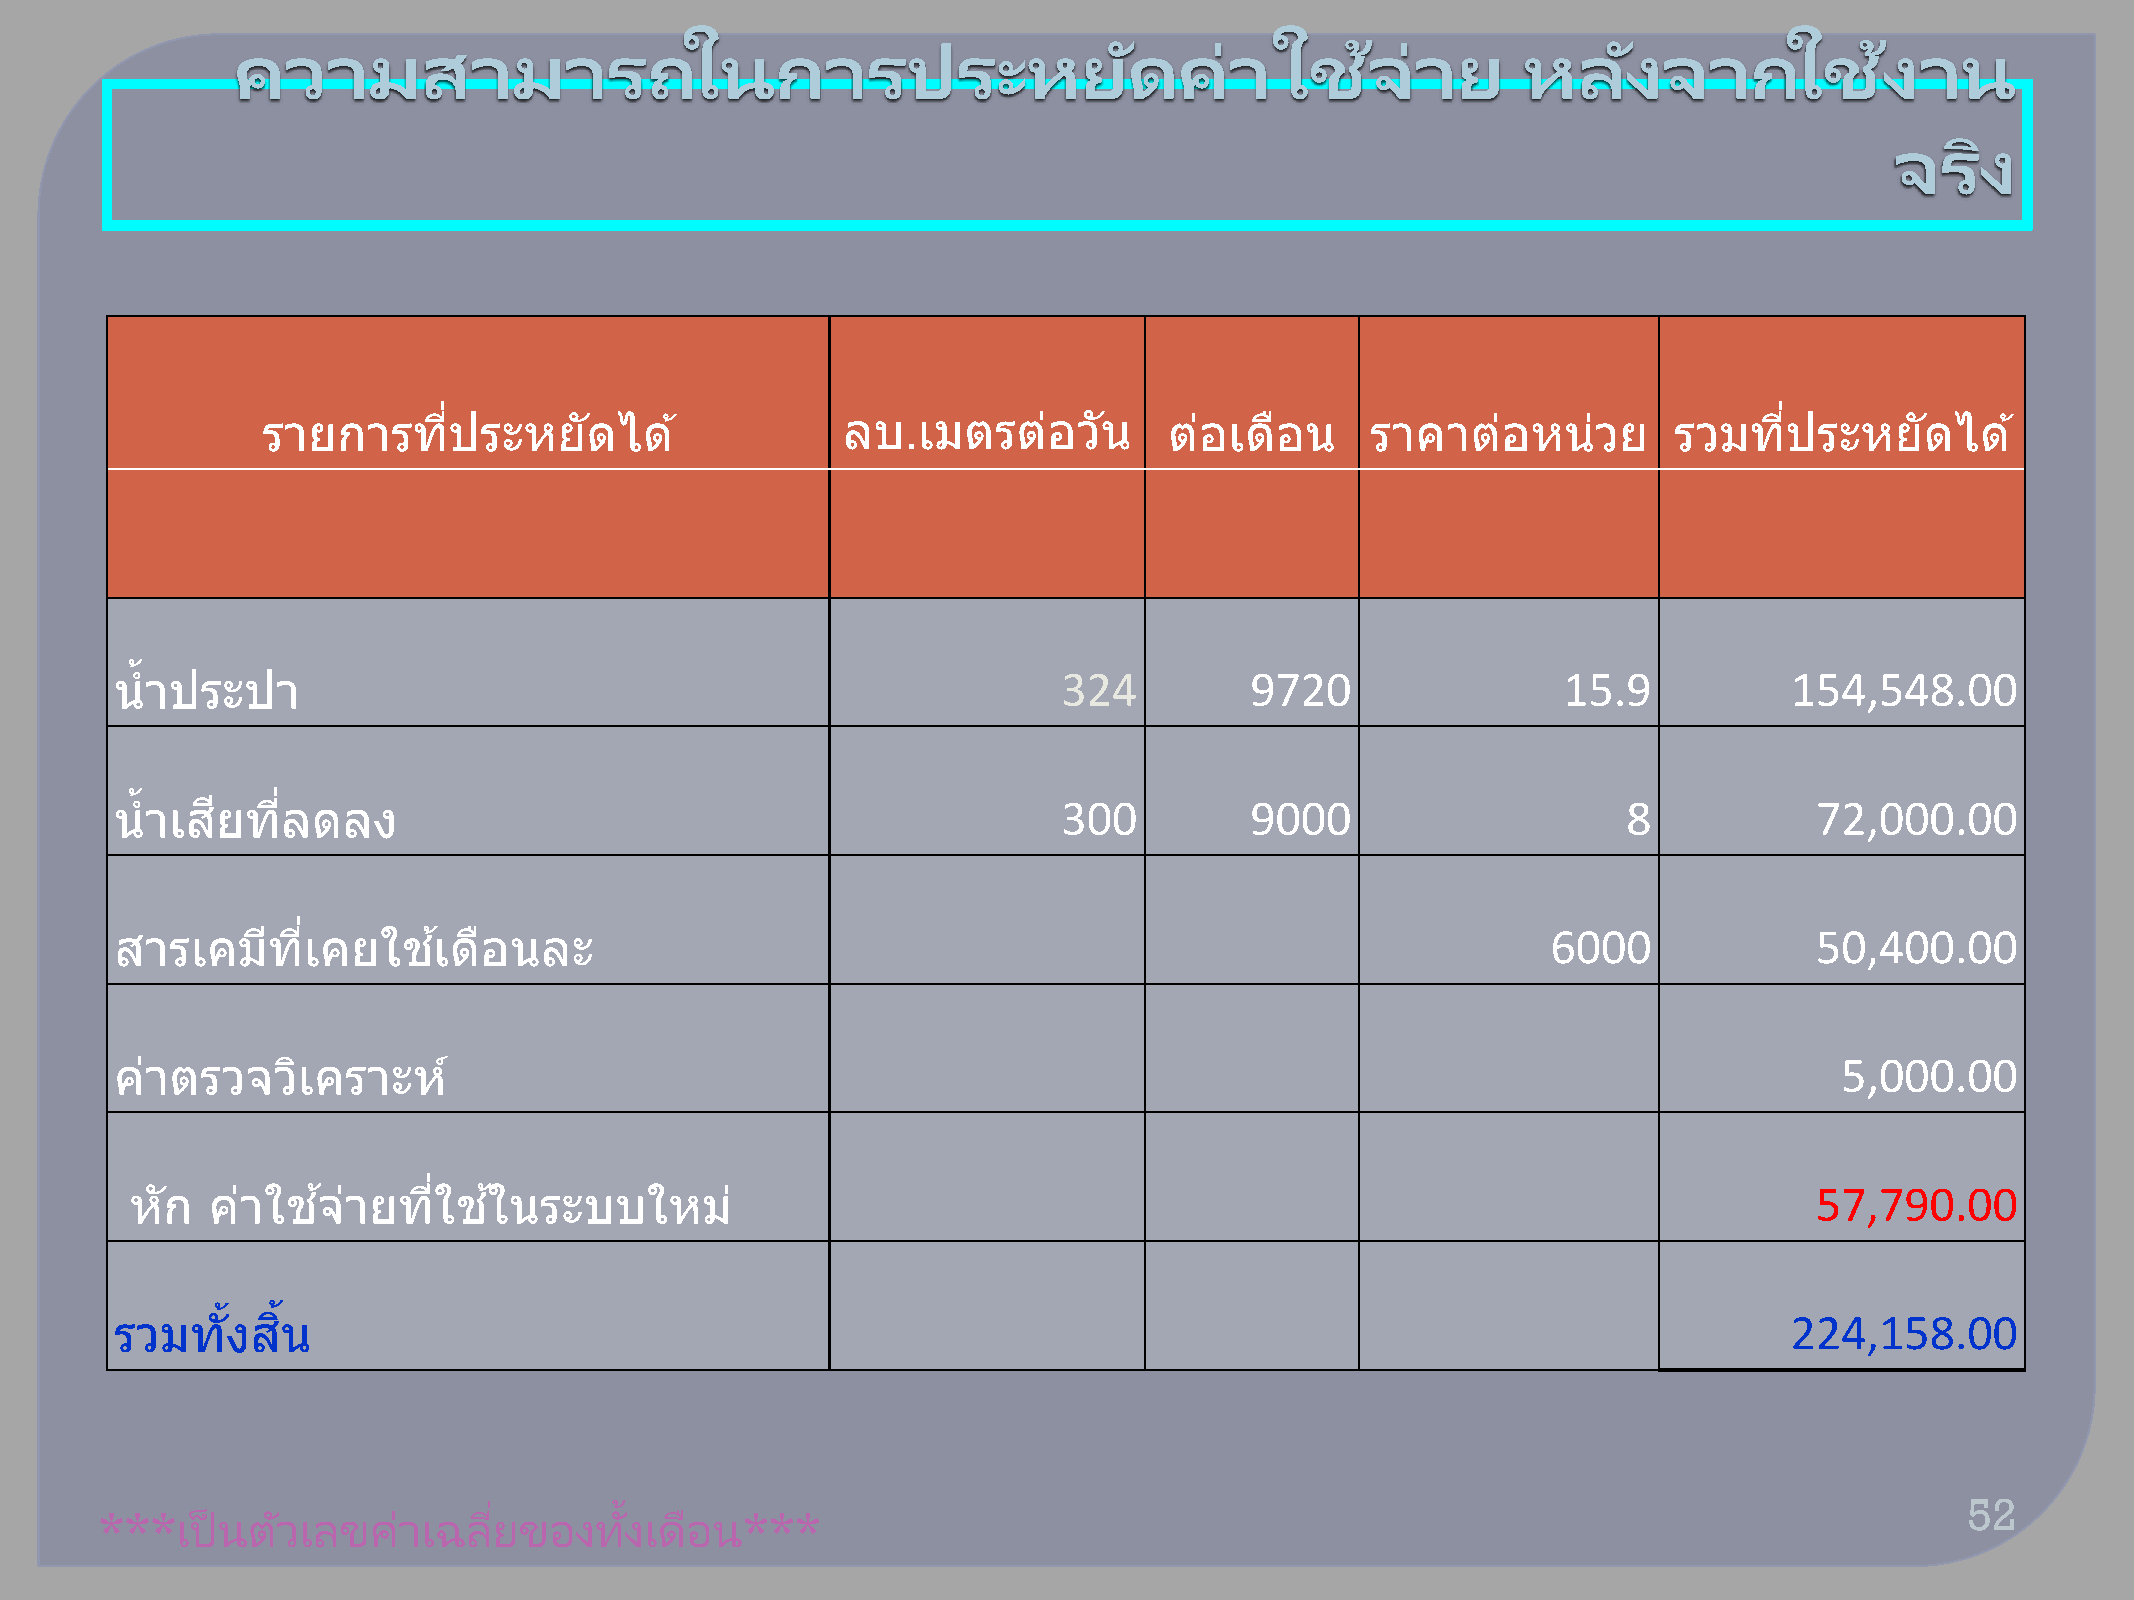
ความสามารถในการประหยดั                                         คา่   ใชจ้      า่ ย   หลงั     จากใชง้          าน
 จรงิ
 รายการทปี่     ระหยดั   ได  ้          ลบ.เมตรตอ่     วนั   ตอ่ เดอื น    ราคาตอ่   หน่วย     รวมทปี่  ระหยดั   ได   ้
 น ้าประปา                                                     324          9720                15.9            154,548.00
 น ้าเสยี ทลี่ ดลง                                             300          9000                     8           72,000.00
 สารเคมที    เี่ คยใชเ้ ดอื นละ                                                                 6000             50,400.00
 คา่ ตรวจวเิ  คราะห์                                                                                               5,000.00
 หกั  คา่ ใชจ้ า่ ยทใี่ ชใ้ นระบบใหม่                                                                           57,790.00
 รวมทงั้  สนิ้                                                                                                  224,158.00
 ่        ้                                                                                       52
 ***เป็ นตวั  เลขคา่  เฉลยี ของทงั   เดอื น***